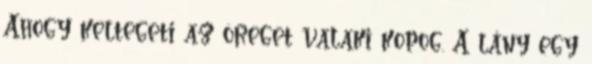
Ahogy keltegeti az öreget valaki kopog. A lány egy